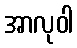
အာလုဝါ